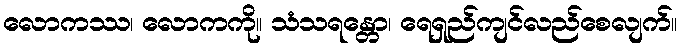
လောကဿ၊ လောကကို။ သံသရန္တော၊ ရေရှည်ကျင်လည်စေလျက်။